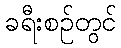
ခရီးစဉ်တွင်